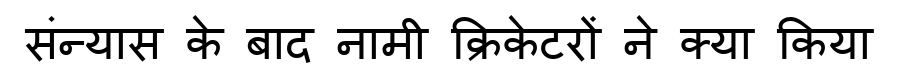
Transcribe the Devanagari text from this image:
संन्यास के बाद नामी क्रिकेटरों ने क्या किया